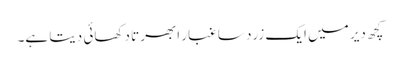
کچھ دیر میں ایک زرد سا غبار ابھرتا دکھائی دیتا ہے۔